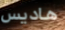
هاديس